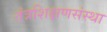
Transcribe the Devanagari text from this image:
तंत्रशिक्षणसंस्था